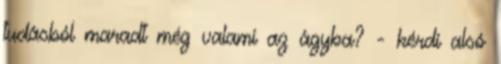
tudásból maradt még valami az ágyba? - kérdi alsó